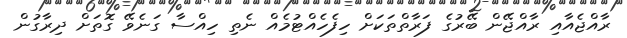
ރާއްޖެއާއި ރާއްޖޭން ބޭރުގެ ފަރާތްތަކަށް ހިފެހެއްޓުމެއް ނެތި ހިއްސާ ގަނެވޭ ގޮތަށް ދިރާގުން